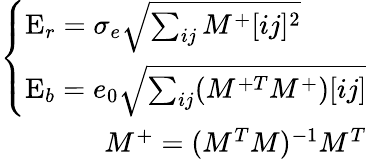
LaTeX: \begin{array}{r}{\left\{ \begin{array}{l}{\textrm{E}_{r}=\sigma_{e}\sqrt{\sum_{ij}M^{+}[ij]^{2}}}\\ {\textrm{E}_{b}=e_{0}\sqrt{\sum_{ij}(M^{+T}M^{+})[ij]}}\end{array}\right.}\\ {M^{+}=(M^{T}M)^{-1}M^{T}}\end{array}